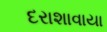
દરાશાવાયા